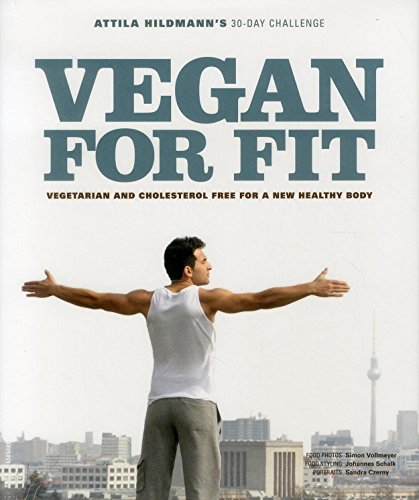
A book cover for Vegan for Fit - Attila Hildmann's 30-Day Challenge: Vegetarian and cholesterol free for a new healthy body; Attila Hildmann; Cookbooks, Food & Wine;